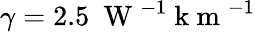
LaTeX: \gamma=2.5~\mathrm{~W~}^{-1}\mathrm{~k~m~}^{-1}